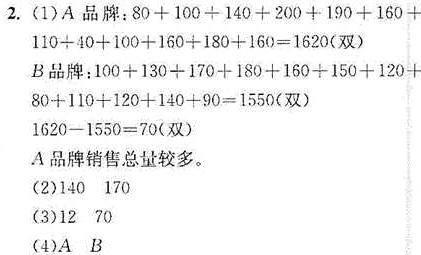
2. (1)$A$品牌：$80 + 100 + 140 + 200 + 190 + 160+110 + 40 + 100 + 160 + 180 + 160 = 1620$(双)
$B$品牌：$100 + 130 + 170 + 180 + 160 + 150 + 120+80 + 110 + 120 + 140 + 90 = 1550$(双)
$1620 - 1550 = 70$(双)
$A$品牌销售总量较多。
(2)$140$ $170$
(3)$12$ $70$
(4)$A$ $B$